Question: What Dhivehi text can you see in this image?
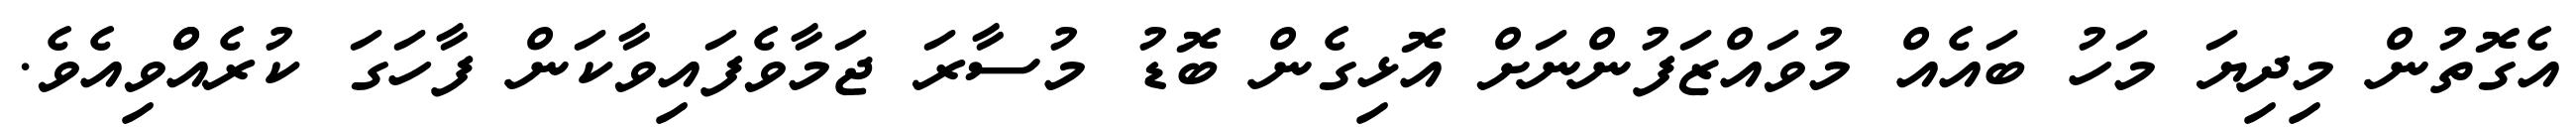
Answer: އެގޮތުން މިދިޔަ މަހު ބައެއް މުވައްޒަފުންނަށް އޮޅިގެން ބޮޑު މުސާރަ ޖަމާވެފައިވާކަން ފާހަގަ ކުރެއްްވިއެވެ.